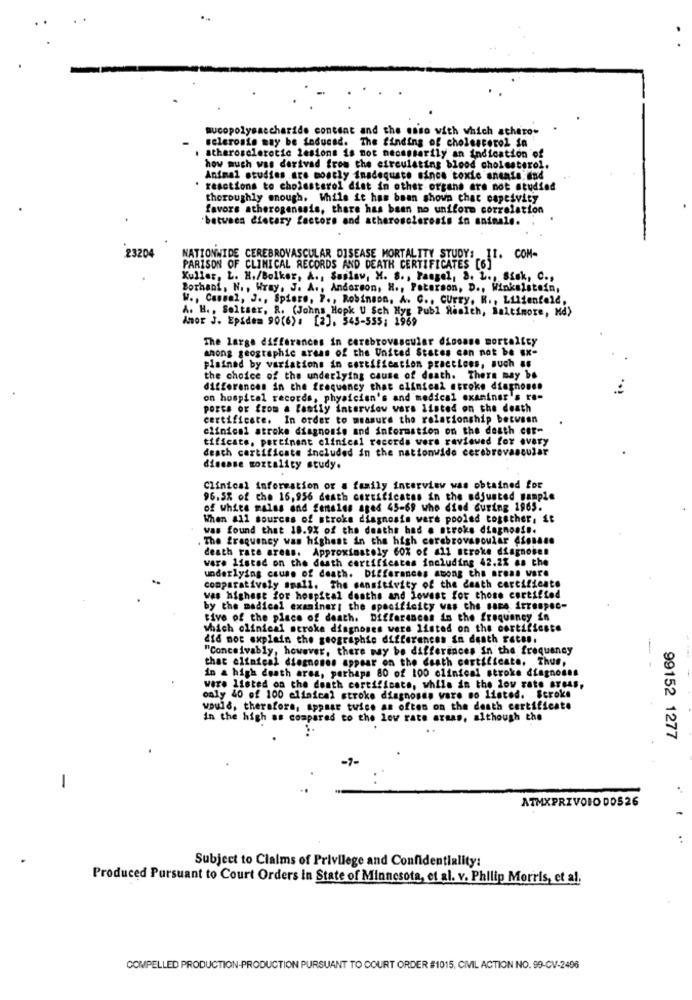
mucopolysaccha
ride content and the caso with which athero-
sclerosis may be induced. The finding of cholesterol in
atheroselerotic lesions is not necessarily an indication of
how much was derivad from the circulating blood cholesterol.
Animal studies are mostly inadequate since toxic ansats, and
resctions to cholesterol diet in other organs ers not studied
thoroughly enough, While it has been shown chac captivity
favors atherogenesis, there has been no uniform correlation
between dietary factors and atherosclerosis in aninale.
23204
NATIONWIDE CEREBROVASCULAR DISEASE MORTALITY STUDY: 11. COM-
PARISON OF CLINICAL RECORDS AND DEATH CERTIFICATES [6]
Kuller, L. H./Bolker, A ., Saslaw, H. 8 ., Fangel, 8. L ., Sisk, C .,
Bothani, N ., Wray. J. A ., Andorson, H ., Peterson, D ., Winkelstein,
W ., Casual, J ., Spiere. P ., Robinson, A. C ., Curry. K ., Lilienfeld,
A. H ., Soltser, R. (Johns Hopku Sch Hyg Publ Health, Baltimore, Md)
Amor J. Epidem 90(6): [2]. 545-555; 1969
The large differences in cerebrovascular disease mortality
among geographic areas of the United States can not be ux-
plained by variations in certification practices, such as
the choice of the underlying cause of death. There may be
differences in the frequency that clinical stroke dinghouse
on hospital records, physician's and medical examiner's ra-
porca or from a family interview wers listed on the death
certificate. In order to measure the relationship between
clinical stroke diagnosis and information on the death Chf-
tificate, pertinent clinical records were reviewed for every
death certificate included in the nationwide cerebrovascular
disease mortality study.
Clinical information or a family interview was obtained for
96.5% of the 16,956 death certificates in the adjusted sample
of white malas and females ages 45-69 who died during 1965.
When all sources of stroke diagnosis were pooled together, it
was found that 18.9% of the deaths had a stroke diagnosis.
The frequency was highest in the high cerebrovascular Cionase
death rate areas. Approximately 60% of all stroke diagnosen
were listed on the death certificates including 42.2% as the
underlying cause of death. Differences among the areas ware
comparatively small. The sensitivity of the death certificate
was highest for hospital deaths and Jovest for those certified
by the medical examiner; the specificity was che sare itrespec-
tive of the place of death. Differences in the frequency in
which clinical stroke diagnoses were listed on the certificate
did not explain the geographie differences in death rates.
"Conceivably, however, there may be differences in the frequency
that clinical diegnones appear on the death certificate. Thus,
in a high death area, perhaps 80 of 100 clinical stroke diagnoses
were listed on the death certificate, while in the low rate areas,
only 40 of 100 clinical stroke diagnosen ware no listed. Stroke
would, therefore, apasar twice as often on the death certificate
in the high as compared to the low rate armas, although the
99152 1277
-
ATMXPRIVOIO DOS26
Subject to Claims of Privilege and Confidentiality:
Produced Pursuant to Court Orders In State of Minnesota, et al. v. Philip Morris, et al.
COMPELLED PRODUCTION-PRODUCTION PURSUANT TO COURT ORDER #1015, CIVIL ACTION NO. 99-CV-2496